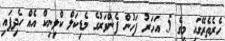
ހެރެތެރޭގައި މީގެ 5 އަހަރު ފަހުން ފެންވަރުގެ މެޑިކަލް ކްލިނިކް އެއް ހެދިފައި